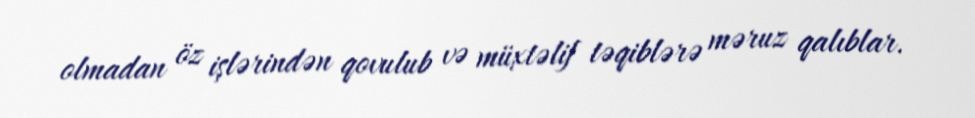
olmadan öz işlərindən qovulub və müxtəlif təqiblərə məruz qalıblar.